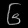
Digit: ၆